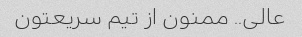
عالی.. ممنون از تیم سریعتون